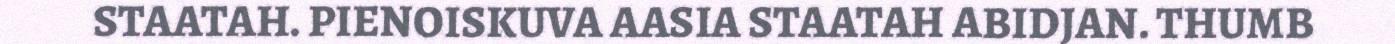
STAATAH. PIENOISKUVA AASIA STAATAH ABIDJAN. THUMB